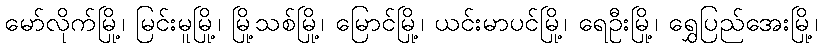
မော်လိုက်မြို့၊ မြင်းမူမြို့၊ မြို့သစ်မြို့၊ မြောင်မြို့၊ ယင်းမာပင်မြို့၊ ရေဦးမြို့၊ ရွှေပြည်အေးမြို့၊